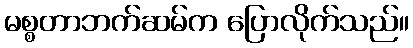
မစ္စတာဘက်ဆမ်က ပြောလိုက်သည်။